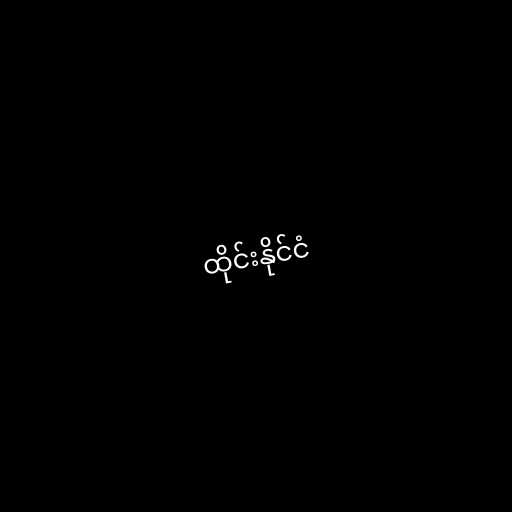
ထိုင်းနိုင်ငံ